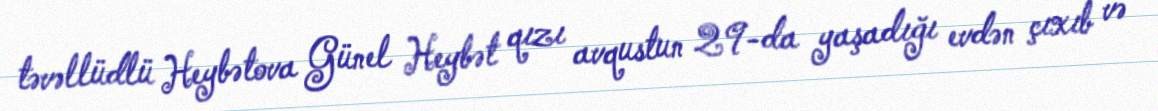
təvəllüdlü Heybətova Günel Heybət qızı avqustun 29-da yaşadığı evdən çıxıb və